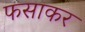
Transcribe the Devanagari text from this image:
फसाकर